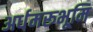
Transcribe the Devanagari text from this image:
अर्धमरूभूमि